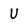
Character: U